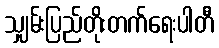
သျှမ်းပြည်တိုးတက်ရေးပါတီ